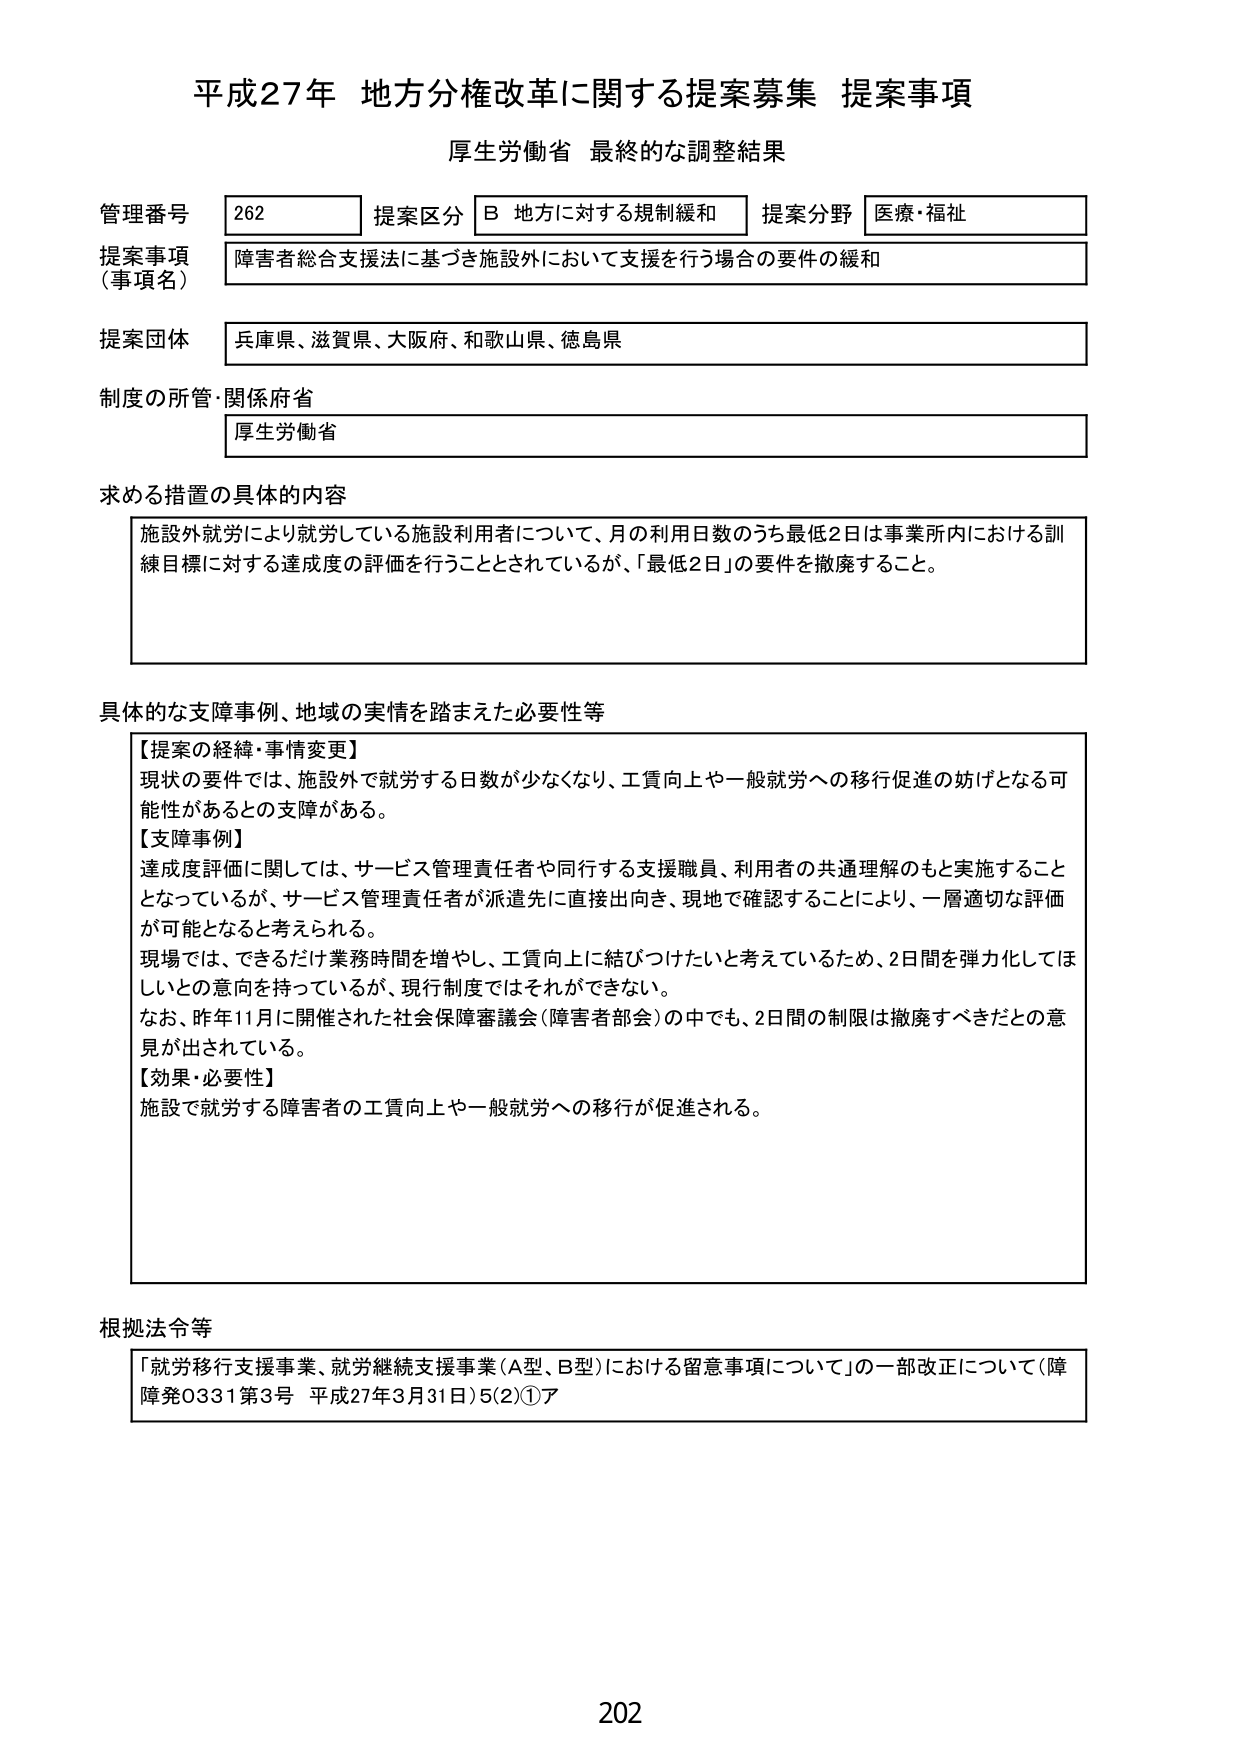
平成27年 地方分権改革に関する提案募集 提案事項
厚生労働省 最終的な調整結果

管理番号 262 提案区分 B 地方に対する規制緩和 提案分野 医療・福祉
提案事項（事項名） 障害者総合支援法に基づき施設外において支援を行う場合の要件の緩和
提案団体 兵庫県、滋賀県、大阪府、和歌山県、徳島県
制度の所管・関係府省 厚生労働省

求める措置の具体的内容
施設外就労により就労している施設利用者について、月の利用日数のうち最低2日は事業所内における訓練目標に対する達成度の評価を行うこととされているが、「最低2日」の要件を撤廃すること。

具体的な支障事例、地域の実情を踏まえた必要性等
【提案の経緯・事情変更】
現状の要件では、施設外で就労する日数が少なくなり、工賃向上や一般就労への移行促進の妨げとなる可能性があるとの支障がある。
【支障事例】
達成度評価に関しては、サービス管理責任者や同行する支援職員、利用者の共通理解のもと実施することとなっているが、サービス管理責任者が派遣先に直接出向き、現地で確認することにより、一層適切な評価が可能となると考えられる。
現場では、できるだけ業務時間を増やし、工賃向上に結びつけたいと考えているため、2日間を弾力化してほしいとの意向を持っているが、現行制度ではそれができない。
なお、昨年11月に開催された社会保障審議会（障害者部会）の中でも、2日間の制限は撤廃すべきだとの意見が出されている。
【効果・必要性】
施設で就労する障害者の工賃向上や一般就労への移行が促進される。

根拠法令等
「就労移行支援事業、就労継続支援事業（A型、B型）における留意事項について」の一部改正について（障障発0331第3号 平成27年3月31日）5(2)①ア

202